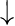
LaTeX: \mathord{\downarrow}